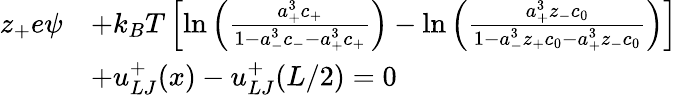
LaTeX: \begin{array}{rl}{z_{+}e\psi}&{+k_{B}T\left[\ln\left({\frac{a_{+}^{3}c_{+}}{1-a_{-}^{3}c_{-}-a_{+}^{3}c_{+}}}\right)-\ln\left({\frac{a_{+}^{3}z_{-}c_{0}}{1-a_{-}^{3}z_{+}c_{0}-a_{+}^{3}z_{-}c_{0}}}\right)\right]}\\ &{+u_{LJ}^{+}(x)-u_{LJ}^{+}(L/2)=0}\end{array}